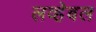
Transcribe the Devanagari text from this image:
लव्हेबल